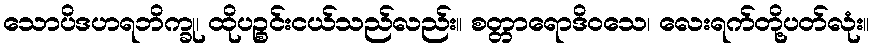
သောပိဒဟရဘိက္ခု၊ ထိုပဉ္စင်းငယ်သည်လည်း။ စတ္တာရောဒိဝသေ၊ လေးရက်တို့ပတ်လုံး။